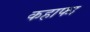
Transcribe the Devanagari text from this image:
कहाफा